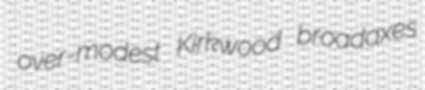
over-modest Kirkwood broadaxes